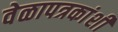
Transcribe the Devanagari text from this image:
वेळापत्रकांशी